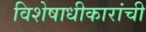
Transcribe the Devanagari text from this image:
विशेषाधीकारांची